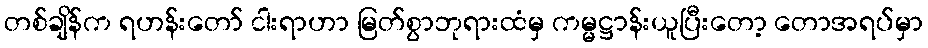
တစ်ချိန်က ရဟန်းတော် ငါးရာဟာ မြတ်စွာဘုရားထံမှ ကမ္မဋ္ဌာန်းယူပြီးတော့ တောအရပ်မှာ